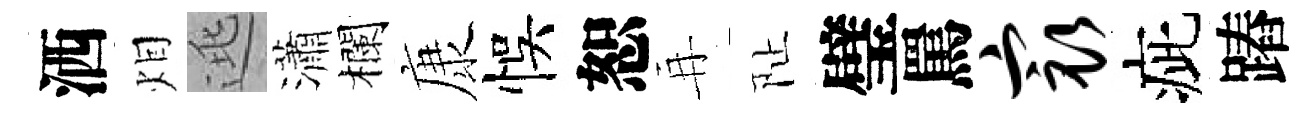
洒𤇆逃瀟欄康悞恕再阯璧罵最疵蹖